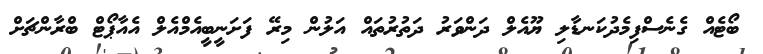
ބޯޓެއް ގެނެސްފިމެދުކަނޑާލި ޔޫއެލް ދަންވަރު ދަތުރުތައް އަލުން މިރޭ ފަށަނީބީއެމްއެލް އެއާޕޯޓް ބްރާންޗަށް